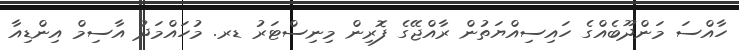
ހާއްސަ މަންދޫބެއްގެ ހައިސިއްޔަތުން ރާއްޖޭގެ ފޮރިން މިނިސްޓަރު ޑރ. މުހައްމަދު އާސިމް އިންޑިއާ